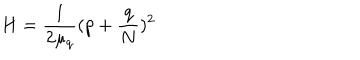
H = \frac { 1 } { 2 \mu _ { q } } ( p + \frac { q } { N } ) ^ { 2 }